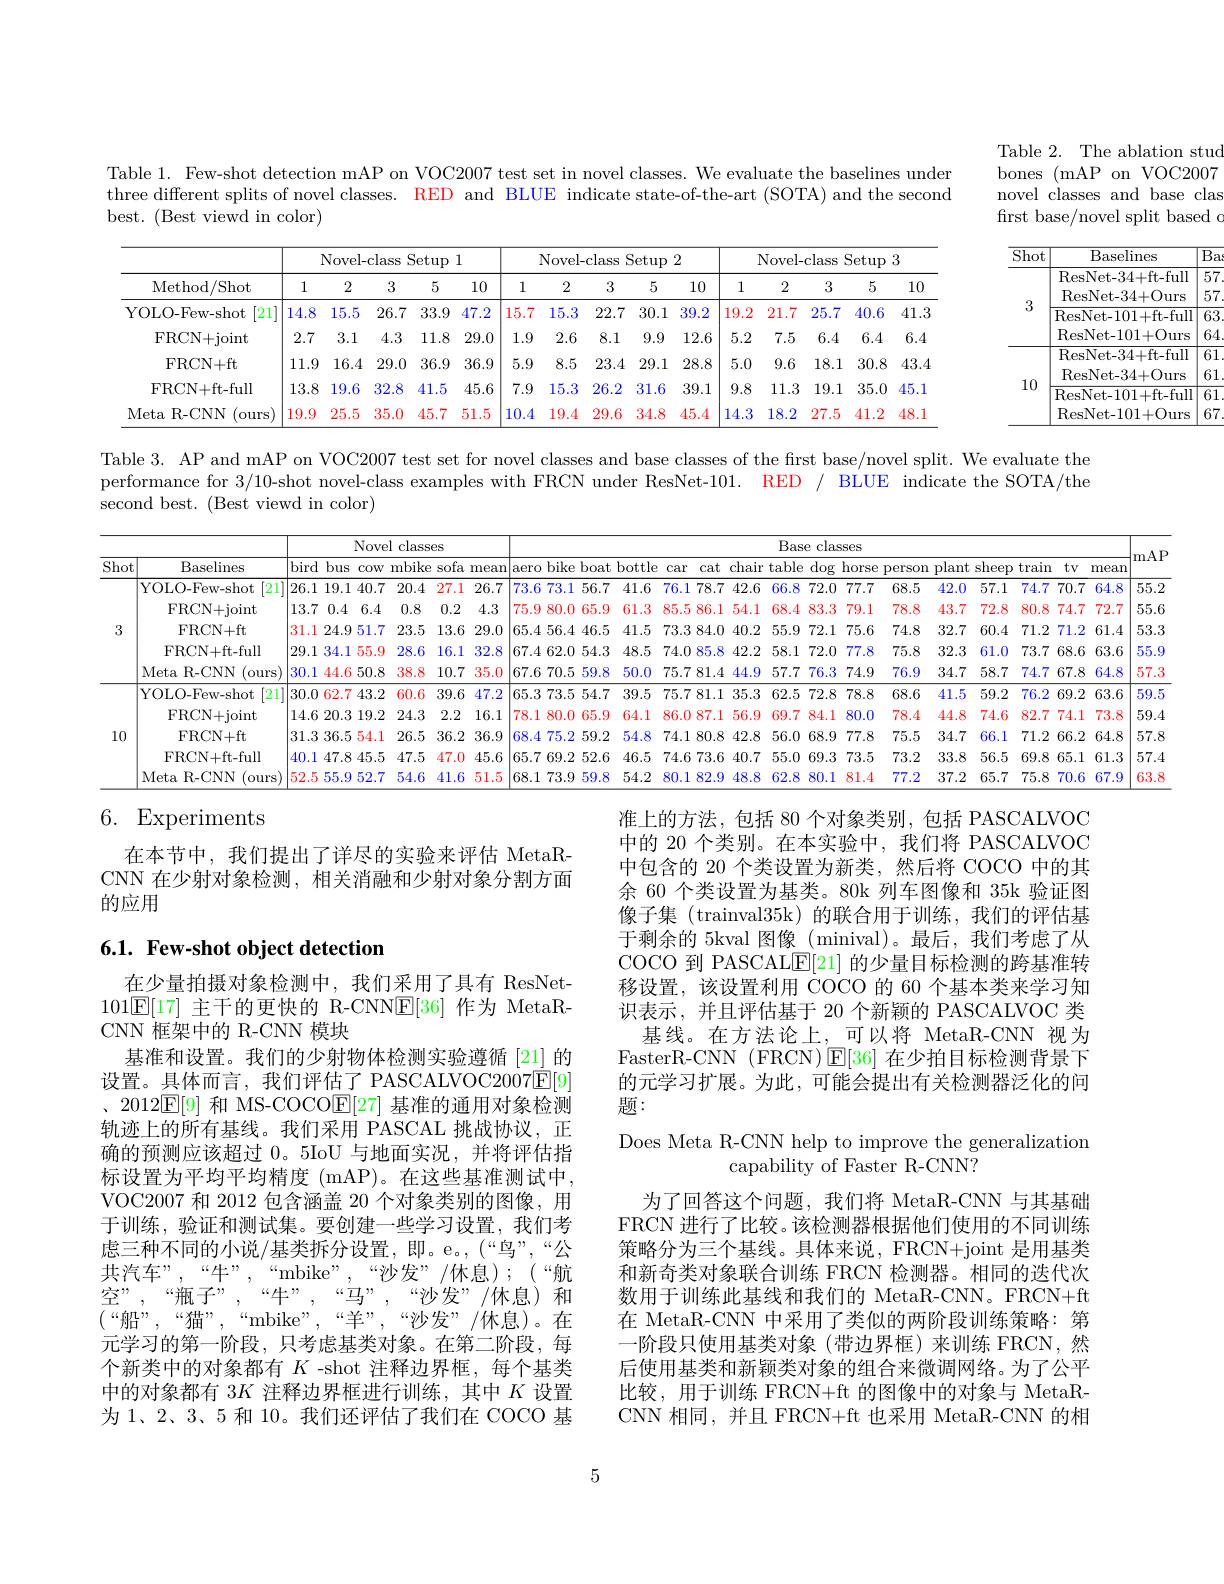
Table 2. The ablation stud bones (mAP on VOC2007 novel classes and base clas frst base/novel split based $o$

Table 1. Few-shot detection mAP on VOC2007 test set in novel classes. We evaluate the baselines under three different splits of novel classes. RED and BLUE indicate state-of-the-art (SOTA) and the second best. (Best viewd in color)

<table>
	<tbody>
		<tr>
			<th rowspan="2">Method/ Shot</th>
			<th colspan="4">Novel-class Setup 1</th>
			<th> </th>
			<th colspan="4">Novel-class Setup ) 2</th>
			<th colspan="5">Novel-class Setup 3</th>
		</tr>
		<tr>
			<th>1</th>
			<th>2</th>
			<th>3</th>
			<th>5</th>
			<th>10</th>
			<th>1</th>
			<th>2</th>
			<th>3</th>
			<th>10</th>
			<th>1</th>
			<th>2</th>
			<th>3</th>
			<th>5</th>
			<th>10</th>
		</tr>
		<tr>
			<td>YOLO-Few-shot [21]</td>
			<td>14.8</td>
			<td>15.5</td>
			<td>26.7</td>
			<td>33.9</td>
			<td>47.2</td>
			<td>15.7</td>
			<td>15.3</td>
			<td>22.7</td>
			<td>39.2</td>
			<td>19.2</td>
			<td>21.7</td>
			<td>25.7</td>
			<td>40.6</td>
			<td>41.3</td>
		</tr>
		<tr>
			<td>FRCN+ joint</td>
			<td>2.7</td>
			<td>3.1</td>
			<td>4.3</td>
			<td>11.8</td>
			<td>29.0</td>
			<td>1.9</td>
			<td>2.6</td>
			<td>8.1</td>
			<td>12.6</td>
			<td>5.2</td>
			<td>7.5</td>
			<td>6.4</td>
			<td>6.4</td>
			<td>6.4</td>
		</tr>
		<tr>
			<td>FRCN+ ft</td>
			<td>11.9</td>
			<td>16.4</td>
			<td>29.0</td>
			<td>36.9</td>
			<td>36.9</td>
			<td>5.9</td>
			<td>8.5</td>
			<td>23.4</td>
			<td>28.8</td>
			<td>5.0</td>
			<td>9.6</td>
			<td>18.1</td>
			<td>30.8</td>
			<td>43.4</td>
		</tr>
		<tr>
			<td>FRCN+ft-full</td>
			<td>13.8</td>
			<td>19.6</td>
			<td>32.8</td>
			<td>41.5</td>
			<td>45.6</td>
			<td>7.9</td>
			<td>15.3</td>
			<td>26.2</td>
			<td>39.1</td>
			<td>9.8</td>
			<td>11.5</td>
			<td>19.1</td>
			<td>35.0</td>
			<td>45.1</td>
		</tr>
		<tr>
			<td>Meta R- CNN (ours</td>
			<td>19.9</td>
			<td>25.5</td>
			<td>35.0</td>
			<td>45.7</td>
			<td>51.5</td>
			<td>10.4</td>
			<td>19.4</td>
			<td>29.6</td>
			<td>45.4</td>
			<td>14.3</td>
			<td>18.2</td>
			<td>27.5</td>
			<td>41.2</td>
			<td>48.1</td>
		</tr>
	</tbody>
</table>

<table>
	<tbody>
		<tr>
			<th>$\overline{\mathrm{Shot}}$</th>
			<th>Baselines</th>
			<th>$\overline{{B_a}}$</th>
		</tr>
		<tr>
			<td rowspan="4">3</td>
			<td>ResNet- 34+ ft- full</td>
			<td>$\overline{57}$</td>
		</tr>
		<tr>
			<td>ResNet- 34+ Ours</td>
			<td>57 1</td>
		</tr>
		<tr>
			<td>ResNet- 101+ ft- full</td>
			<td>$\overline{63}$ T</td>
		</tr>
		<tr>
			<td>ResNet- 101+ Ours</td>
			<td>64 1 1</td>
		</tr>
		<tr>
			<td rowspan="4">10</td>
			<td>ResNet- 34+ ft- full</td>
			<td>$\overline{61}$</td>
		</tr>
		<tr>
			<td>ResNet- 34+ Ours</td>
			<td>61</td>
		</tr>
		<tr>
			<td>ResNet-101+ft-full</td>
			<td>$\overline{61}$</td>
		</tr>
		<tr>
			<td>ResNet- 101+ Ours</td>
			<td>67</td>
		</tr>
	</tbody>
</table>

Table 3. AP and mAP on VOC2007 test set for novel classes and base classes of the first base/novel split. We evaluate the performance for 3/10-shot novel-class examples with FRCN under ResNet-101. RED / BLUE indicate the SOTA/the second best. (Best viewd in color)

<table>
	<tbody>
		<tr>
			<th rowspan="2">Shot</th>
			<th rowspan="2">Baselines</th>
			<th> </th>
			<th>Nov</th>
			<th>class ll</th>
			<th>ies</th>
			<th> </th>
			<th> </th>
			<th> </th>
			<th> </th>
			<th> </th>
			<th colspan="11">Base classes</th>
			<th rowspan="2">|mAP</th>
		</tr>
		<tr>
			<th colspan="4">bird bus cow mbike sofa mea</th>
			<th>mean</th>
			<th>mean</th>
			<th colspan="2">bike boat hottle aero $\cdot$</th>
			<th>bottle</th>
			<th>car</th>
			<th>cat</th>
			<th>chair</th>
			<th>able</th>
			<th>$\overline{\mathrm{dog}}$ $\textbf{上 }$</th>
			<th>$\operatorname{lorse}$ $P$</th>
			<th>rson $pl_{t}$</th>
			<th>nt shee</th>
			<th>trair $\mathfrak{p}$</th>
			<th>$tv$ 1</th>
			<th>mean</th>
		</tr>
		<tr>
			<th rowspan="5">3</th>
			<th>YOLO-Few-shot $\lceil21\rceil$</th>
			<th>26.1 19.</th>
			<th>.9.1 40.</th>
			<th>20.4</th>
			<th>27.1</th>
			<th>26.7</th>
			<th>26.7</th>
			<th>73.6 73.1 56.</th>
			<th>7 41.6</th>
			<th>41.6</th>
			<th>76.1</th>
			<th>78.7 </th>
			<th>42.6</th>
			<th>66.8</th>
			<th>72.0</th>
			<th>77.7</th>
			<th>8.5 4.5</th>
			<th>.0 57.</th>
			<th>1 74.7</th>
			<th>70.7</th>
			<th>64.8</th>
			<th>55.2</th>
		</tr>
		<tr>
			<td>FRCN+ joint</td>
			<td>0.4 13.7</td>
			<td>0.4 6.4</td>
			<td>0.8</td>
			<td>0.2</td>
			<td>4.3</td>
			<td>4.3</td>
			<td>75.9 80.0 65.</td>
			<td>61.3 9</td>
			<td>61.3</td>
			<td>85.5</td>
			<td>86.1</td>
			<td>54.1</td>
			<td>68.4</td>
			<td>83.3</td>
			<td>79.1</td>
			<td>$4i$ 8.8</td>
			<td>.7 72.</td>
			<td>80.8 8</td>
			<td>74.7</td>
			<td>72.7</td>
			<td>55.6</td>
		</tr>
		<tr>
			<td>FRCN+ ft</td>
			<td>31.1 24.9</td>
			<td>24.9 51.</td>
			<td>23.5</td>
			<td>13.6</td>
			<td>29.0</td>
			<td>29.0</td>
			<td>65.4 56.4 46.</td>
			<td>5 41.5</td>
			<td>41.5</td>
			<td>73.3</td>
			<td>384.0 $\frac{1}{2}=\frac{1}{2}=\frac{1}{2}$ $\frac{1}{2}=\frac{1}{2}=\frac{1}{2}$</td>
			<td>40.2</td>
			<td>55.9</td>
			<td>72.1</td>
			<td>75.6</td>
			<td>4.8 $3^{c}$</td>
			<td>.7 60.</td>
			<td>71.5 4</td>
			<td>71.2</td>
			<td>61.4</td>
			<td>53.3</td>
		</tr>
		<tr>
			<td>FRCN+ft-full</td>
			<td>29.1 34. </td>
			<td>34.155.</td>
			<td>28.6</td>
			<td>16.1</td>
			<td>32.8</td>
			<td>32.8</td>
			<td>67.4 62.0 54.</td>
			<td>3 48.5</td>
			<td>48.5</td>
			<td>74.0</td>
			<td>85.8 1 1 1 T 1 1 1 $\frac{1}{2}=\frac{1}{2}=\frac{1}{2}$</td>
			<td>42.2</td>
			<td>58.1</td>
			<td>72.0</td>
			<td>77.8</td>
			<td>5.8 $3_{2}^{e}$</td>
			<td>.3 61.</td>
			<td>73.7 0</td>
			<td>68.6</td>
			<td>63.6</td>
			<td>55.9</td>
		</tr>
		<tr>
			<td>Meta R- CNN (ours </td>
			<td>30.144.</td>
			<td>4.650.</td>
			<td>38.8</td>
			<td>10.7</td>
			<td>35.0</td>
			<td>35.0</td>
			<td>67.6 $j70.5$ 59.</td>
			<td>8 50.0</td>
			<td>50.0</td>
			<td>75.7</td>
			<td>81.4 $\frac{1}{2}=\frac{1}{2}=\frac{1}{2}$</td>
			<td>44.9</td>
			<td>57.7</td>
			<td>76.3</td>
			<td>74.9</td>
			<td>6.9 $3\zeta$</td>
			<td>7 58.</td>
			<td>74.7 7</td>
			<td>67.8</td>
			<td>64.8</td>
			<td>57.3</td>
		</tr>
		<tr>
			<td rowspan="5">10</td>
			<td>YOLO-Few-shot $\lceil21\rceil$</td>
			<td>30.0 62.</td>
			<td>52.7 43.</td>
			<td>60.6</td>
			<td>39.6</td>
			<td>47.2</td>
			<td>47.2</td>
			<td>65.3 73.5 54.</td>
			<td>39.5 7</td>
			<td>39.5</td>
			<td>75.7</td>
			<td>81.1 7 1</td>
			<td>35.3</td>
			<td>62.5</td>
			<td>72.8</td>
			<td>78.8</td>
			<td>8.6 41</td>
			<td>.5 59.</td>
			<td>76.5 2</td>
			<td>69.2</td>
			<td>63.6</td>
			<td>59.5</td>
		</tr>
		<tr>
			<td>FRCN+ joint</td>
			<td>14.6 20.</td>
			<td>20.3 19.</td>
			<td>24.3</td>
			<td>2.2</td>
			<td>16.1</td>
			<td>16.1</td>
			<td>78.1 80.0 65.</td>
			<td>9 64.1</td>
			<td>64.1</td>
			<td>86.0</td>
			<td>187.1</td>
			<td>56.9</td>
			<td>69.7</td>
			<td>84.1</td>
			<td>80.0</td>
			<td>8.4 44</td>
			<td>.8 74.</td>
			<td>6 82.7</td>
			<td>74.1</td>
			<td>73.8</td>
			<td>59.4</td>
		</tr>
		<tr>
			<td>FRCN+ ft</td>
			<td>31.3 36.</td>
			<td>6.554.</td>
			<td>26.5</td>
			<td>36.2</td>
			<td>36.9</td>
			<td>36.9</td>
			<td>68.4 75.2 59.</td>
			<td>54.8 2</td>
			<td>54.8</td>
			<td>74.1</td>
			<td>80.8 </td>
			<td>42.8</td>
			<td>56.0</td>
			<td>68.9</td>
			<td>77.8</td>
			<td>5.5 $3c$</td>
			<td>.7 66.</td>
			<td>71.5 1</td>
			<td>66.2</td>
			<td>64.8</td>
			<td>57.8</td>
		</tr>
		<tr>
			<td>FRCN+ft-full</td>
			<td>40.1 47.</td>
			<td>17.8 45.</td>
			<td>47.5</td>
			<td>47.0</td>
			<td>45.6</td>
			<td>45.6</td>
			<td>65.7 69.2 52.</td>
			<td>6 46.5</td>
			<td>46.5</td>
			<td>74.6</td>
			<td>73.6</td>
			<td>40.7</td>
			<td>55.0</td>
			<td>69.3</td>
			<td>73.5</td>
			<td>3.2 3:</td>
			<td>.8 56.</td>
			<td>5 $69.\xi$</td>
			<td>65.1</td>
			<td>61.3</td>
			<td>57.4</td>
		</tr>
		<tr>
			<td>Meta R- CNN $^{\prime}$ours </td>
			<td>52.555.</td>
			<td>5.9 52.</td>
			<td>54.6</td>
			<td>41.6</td>
			<td>51.5</td>
			<td>51.5</td>
			<td>68.1 73.9 59.</td>
			<td>8 54.2</td>
			<td>54.2</td>
			<td>80.1</td>
			<td>182.9 </td>
			<td>48.8</td>
			<td>62.8</td>
			<td>80.1</td>
			<td>81.4</td>
			<td>7.2 37</td>
			<td>.2 65.</td>
			<td>$75.\xi$ 7</td>
			<td>70.6</td>
			<td>67.9</td>
			<td>63.8</td>
		</tr>
	</tbody>
</table>

## 6. Experiments

在本节中，我们提出了详尽的实验来评估 MetaRCNN 在少射对象检测，相关消融和少射对象分割方面的应用

## 6.1. Few-shot object detection

准上的方法，包括 80 个对象类别，包括 PASCALVOC 中的 20 个类别。在本实验中，我们将 PASCALVOC 中包含的 20 个类设置为新类，然后将 COCO 中的其余 60 个类设置为基类。80k 列车图像和 35k 验证图像子集 (trainval35k)的联合用于训练，我们的评估基于剩余的 5kval 图像 (minival)。最后，我们考虑了从COCO 到 PASCALE[21] 的少量目标检测的跨基准转移设置，该设置利用 COCO 的 60 个基本类来学习知识表示，并且评估基于 20 个新颖的 PASCALVOC 类
基线。在方法论上，可以将 MetaR-CNN 视为FasterR-CNN (FRCN)$\operatorname{E}[36]$在少拍目标检测背景下的元学习扩展。为此，可能会提出有关检测器泛化的问题：
Does Meta R-CNN help to improve the generalization
capability of Faster R-CNN?
为了回答这个问题，我们将 MetaR-CNN 与其基础FRCN 进行了比较。该检测器根据他们使用的不同训练策略分为三个基线。具体来说，FRCN+joint 是用基类和新奇类对象联合训练 FRCN 检测器。相同的迭代次数用于训练此基线和我们的 MetaR-CNN。FRCN+ft 在 MetaR-CNN 中采用了类似的两阶段训练策略：第一阶段只使用基类对象(带边界框)来训练 FRCN,然后使用基类和新颖类对象的组合来微调网络。为了公平比较，用于训练 FRCN+ft 的图像中的对象与 MetaRCNN 相同，并且 FRCN+ft 也采用 MetaR-CNN 的相

在少量拍摄对象检测中，我们采用了具有 ResNet- 101E[17]主干的更快的 R-CNN$\underline{\mathrm{F}}[36]$作为 MetaRCNN 框架中的 R-CNN 模块
基准和设置。我们的少射物体检测实验遵循 [21] 的设置。具体而言，我们评估了 PASCALVOC2007$\bar{\mathbb{E}}[9]$ 、2012$\overline{\mathbb{E}}[9]$和 MS-COCO$\mathbb{E}[27]$基准的通用对象检测轨迹上的所有基线。我们采用 PASCAL 挑战协议，正确的预测应该超过0。5IoU 与地面实况，并将评估指标设置为平均平均精度 (mAP)。在这些基准测试中， VOC2007 和 2012 包含涵盖 20 个对象类别的图像，用于训练，验证和测试集。要创建一些学习设置，我们考虑三种不同的小说/基类拆分设置，即。e。,(“鸟”,“公共汽车”,“牛”,“mbike”,“沙发”/休息);(“航空”,“瓶子”,“牛”,“马”,“沙发”/休息)和$(“船”,“猫”,“mbike””,“羊”,“沙发”/休息)。在$ 元学习的第一阶段，只考虑基类对象。在第二阶段，每个新类中的对象都有$K$ -shot 注释边界框，每个基类中的对象都有 3$K$注释边界框进行训练，其中$K$设置为 1、2、3、5 和 10。我们还评估了我们在 COCO 基

5